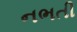
નભતી